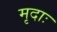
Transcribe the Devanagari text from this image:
मृदाः